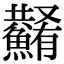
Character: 𩼮